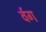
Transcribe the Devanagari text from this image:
र्वग